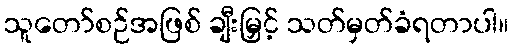
သူတော်စဉ်အဖြစ် ချီးမြှင့် သတ်မှတ်ခံရတာပါ။